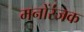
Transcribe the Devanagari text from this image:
मनोंरंजक